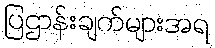
ပြဌာန်းချက်များအရ